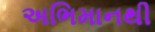
અભિમાનથી